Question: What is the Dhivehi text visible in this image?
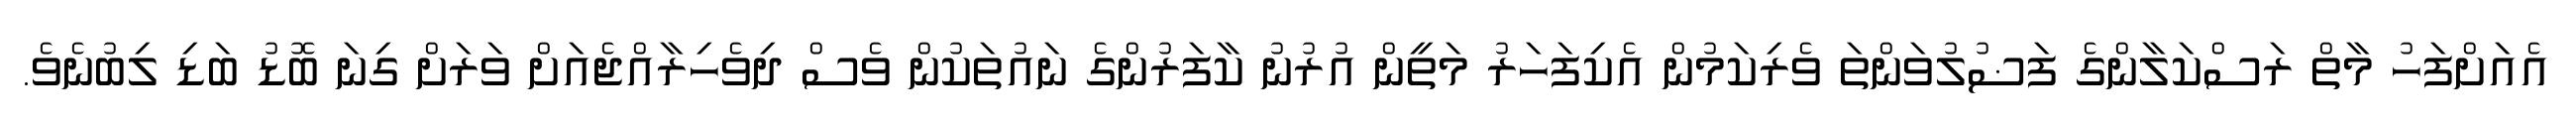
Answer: އެއަށްފަހު މާތް ރަސްކަލާންގެ ފަޟުލުވަންތަ ވެރިކަމުން އެކިފަހަރު މަތީން އުރުނު ކާފަރުންގެ ނައުތަކުން ވެސް ދިވެހިރާއްޖެއަށް ވަރަށް ގިނަ ބޮޑު ބަޑި ލިބުނެވެ.